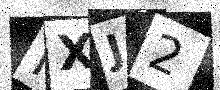
Text: HXJ2